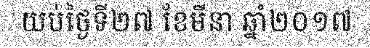
យប់ថ្ងៃទី២៧ ខែមីនា ឆ្នាំ២០១៧